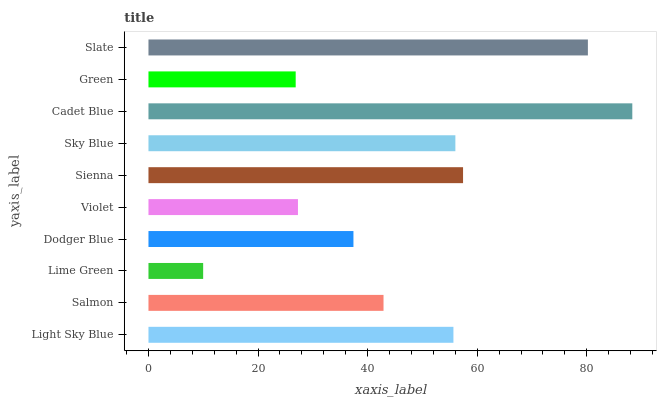
| yaxis_label | bars |
 | --- | --- |
 | Light Sky Blue | 55.7 |
 | Salmon | 42.9 |
 | Lime Green | 9.98 |
 | Dodger Blue | 37.4 |
 | Violet | 27.3 |
 | Sienna | 57.4 |
 | Sky Blue | 56 |
 | Cadet Blue | 88.3 |
 | Green | 26.9 |
 | Slate | 80.2 |